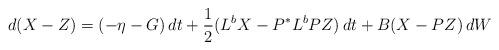
LaTeX: \begin{align*}d(X-Z)=(-\eta-G)\,dt+\frac{1}{2}(L^{b}X-P^{\ast}L^{b}PZ)\,dt+B(X-PZ)\,dW\end{align*}